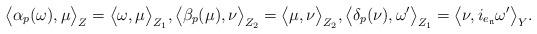
LaTeX: \begin{align*}\big\langle \alpha_p(\omega),\mu \big\rangle_{Z} =\big\langle \omega,\mu \big\rangle_{Z_{1}},\big\langle \beta_p(\mu),\nu \big\rangle_{Z_{2}} =\big\langle \mu,\nu \big\rangle_{Z_{2}},\big\langle \delta_p(\nu),\omega' \big\rangle_{Z_1} =\big\langle \nu,i_{e_{\mathfrak{n}}}\omega' \big\rangle_Y.\end{align*}